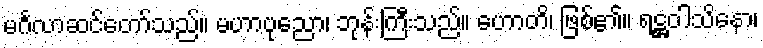
မင်္ဂလာဆင်တော်သည်။ မဟာပုညော၊ ဘုန်းကြီးသည်။ ဟောတိ၊ ဖြစ်၏။ ရဋ္ဌဝါသိနော၊